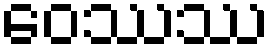
ဝေဿဿ